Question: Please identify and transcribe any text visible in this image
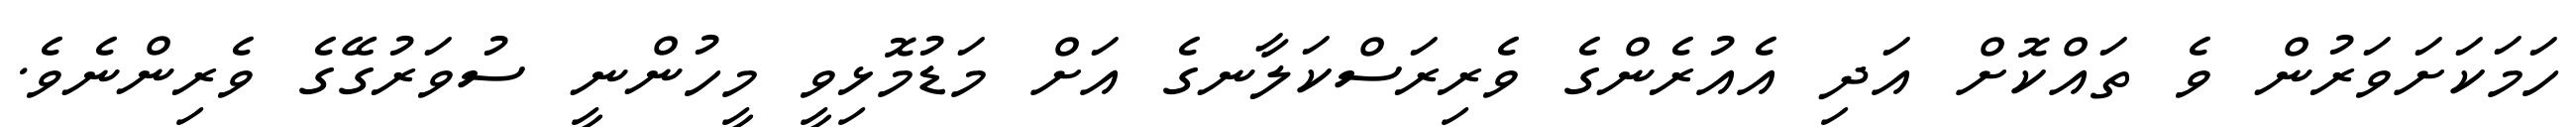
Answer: ހަމަކަށަވަރުން ވެ ތައްކޮށް އަދި އެއުރެންގެ ވެރިރަސްކަލާނގެ އަށް މަޑުމޮޅިވީ މީހުންނީ ސުވަރުގޭގެ ވެރިންނެވެ.